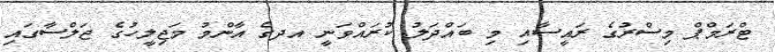
ޓްރަމްޕް މިސްރުގެ ރައީސާއި މި ބައްދަލު ކުރައްވަނީ އދގެ އާންމު މަޖިލީހުގެ ޖަލްސާގައި